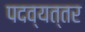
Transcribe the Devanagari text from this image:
पदव्यत्तर